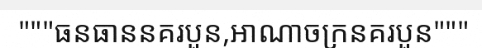
"""ធនធាននគរបួន,អាណាចក្រនគរបួន"""